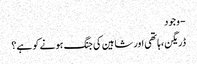
- وجود
ڈریگن ،ہاتھی اور شاہین کی جنگ ہونے کو ہے؟